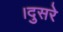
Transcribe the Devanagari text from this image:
।दुसरे